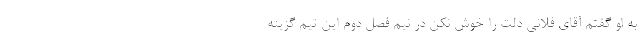
به او گفتم آقای فلانی دلت را خوش نکن در نیم فصل دوم این تیم گزینه